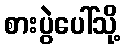
စားပွဲပေါ်သို့